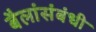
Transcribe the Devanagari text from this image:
बैलांसंबंधी